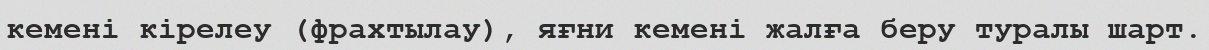
кемені кірелеу (фрахтылау), яғни кемені жалға беру туралы шарт.